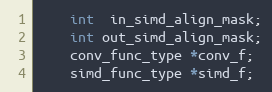
Language: C
    int  in_simd_align_mask;
    int out_simd_align_mask;
    conv_func_type *conv_f;
    simd_func_type *simd_f;